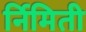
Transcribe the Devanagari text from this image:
र्निमिती